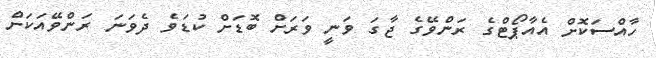
ހާއްސަކޮށް އެއާޕޯޓްގެ ރަންވޭގެ ޖާގަ ވަނީ ވަރަށް ބޮޑަށް ކުޑަވެ ދެވަނަ ރަންވޭއަކަށް